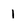
Character: 1